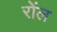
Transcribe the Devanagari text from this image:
रोंल